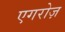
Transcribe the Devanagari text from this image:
एगरोज़